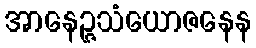
အာနေဉ္ဇသံယောဇနေန